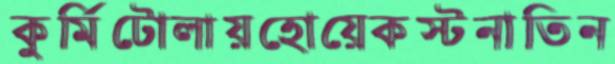
কুর্মিটোলায়হোয়েকস্টনাতিন